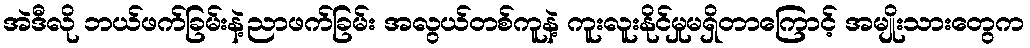
အဲဒီလို ဘယ်ဖက်ခြမ်းနဲ့ညာဖက်ခြမ်း အလွယ်တစ်ကူနဲ့ ကူးလူးနိုင်မှုမရှိတာကြောင့် အမျိုးသားတွေက